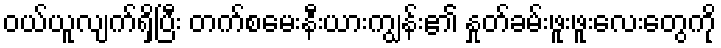
ဝယ်ယူလျက်ရှိပြီး တက်စမေးနီးယားကျွန်း၏ နှုတ်ခမ်းဖူးဖူးလေးတွေကို